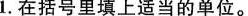
1.在括号里填上适当的单位。